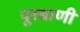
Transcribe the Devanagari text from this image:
पूरबाणी